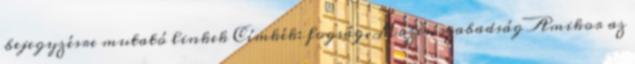
bejegyzésre mutató linkek Címkék: fogság, Mózes, szabadság Amikor az